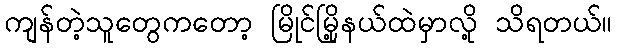
ကျန်တဲ့သူတွေကတော့ မြိုင်မြို့နယ်ထဲမှာလို့ သိရတယ်။